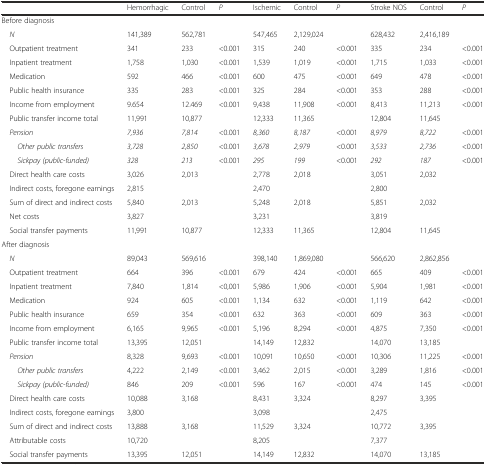
<table><thead><tr><td></td><td><b>Hemorrhagic</b></td><td><b>Control</b></td><td><b><i>P</i></b></td><td><b>Ischemic</b></td><td><b>Control</b></td><td><b><i>P</i></b></td><td><b>Stroke NOS</b></td><td><b>Control</b></td><td><b><i>P</i></b></td></tr></thead><tbody><tr><td>Before diagnosis</td><td></td><td></td><td></td><td></td><td></td><td></td><td></td><td></td><td></td></tr><tr><td><i> N</i></td><td>141,389</td><td>562,781</td><td></td><td>547,465</td><td>2,129,024</td><td></td><td>628,432</td><td>2,416,189</td><td></td></tr><tr><td> Outpatient treatment</td><td>341</td><td>233</td><td>&lt;0.001</td><td>315</td><td>240</td><td>&lt;0.001</td><td>335</td><td>234</td><td>&lt;0.001</td></tr><tr><td> Inpatient treatment</td><td>1,758</td><td>1,030</td><td>&lt;0.001</td><td>1,539</td><td>1,019</td><td>&lt;0.001</td><td>1,715</td><td>1,033</td><td>&lt;0.001</td></tr><tr><td> Medication</td><td>592</td><td>466</td><td>&lt;0.001</td><td>600</td><td>475</td><td>&lt;0.001</td><td>649</td><td>478</td><td>&lt;0.001</td></tr><tr><td> Public health insurance</td><td>335</td><td>283</td><td>&lt;0.001</td><td>325</td><td>284</td><td>&lt;0.001</td><td>353</td><td>288</td><td>&lt;0.001</td></tr><tr><td> Income from employment</td><td>9.654</td><td>12.469</td><td>&lt;0.001</td><td>9,438</td><td>11,908</td><td>&lt;0.001</td><td>8,413</td><td>11,213</td><td>&lt;0.001</td></tr><tr><td> Public transfer income total</td><td>11,991</td><td>10,877</td><td></td><td>12,333</td><td>11,365</td><td></td><td>12,804</td><td>11,645</td><td></td></tr><tr><td><i> Pension</i></td><td><i>7,936</i></td><td><i>7,814</i></td><td>&lt;0.001</td><td><i>8,360</i></td><td><i>8,187</i></td><td>&lt;0.001</td><td><i>8,979</i></td><td><i>8,722</i></td><td>&lt;0.001</td></tr><tr><td><i>Other public transfers</i></td><td><i>3,728</i></td><td><i>2,850</i></td><td>&lt;0.001</td><td><i>3,678</i></td><td><i>2,979</i></td><td>&lt;0.001</td><td><i>3,533</i></td><td><i>2,736</i></td><td>&lt;0.001</td></tr><tr><td><i>Sickpay (public-funded)</i></td><td><i>328</i></td><td><i>213</i></td><td>&lt;0.001</td><td><i>295</i></td><td><i>199</i></td><td>&lt;0.001</td><td><i>292</i></td><td><i>187</i></td><td>&lt;0.001</td></tr><tr><td> Direct health care costs</td><td>3,026</td><td>2,013</td><td></td><td>2,778</td><td>2,018</td><td></td><td>3,051</td><td>2,032</td><td></td></tr><tr><td> Indirect costs, foregone earnings</td><td>2,815</td><td></td><td></td><td>2,470</td><td></td><td></td><td>2,800</td><td></td><td></td></tr><tr><td> Sum of direct and indirect costs</td><td>5,840</td><td>2,013</td><td></td><td>5,248</td><td>2,018</td><td></td><td>5,851</td><td>2,032</td><td></td></tr><tr><td> Net costs</td><td>3,827</td><td></td><td></td><td>3,231</td><td></td><td></td><td>3,819</td><td></td><td></td></tr><tr><td> Social transfer payments</td><td>11,991</td><td>10,877</td><td></td><td>12,333</td><td>11,365</td><td></td><td>12,804</td><td>11,645</td><td></td></tr><tr><td>After diagnosis</td><td></td><td></td><td></td><td></td><td></td><td></td><td></td><td></td><td></td></tr><tr><td><i> N</i></td><td>89,043</td><td>569,616</td><td></td><td>398,140</td><td>1,869,080</td><td></td><td>566,620</td><td>2,862,856</td><td></td></tr><tr><td> Outpatient treatment</td><td>664</td><td>396</td><td>&lt;0.001</td><td>679</td><td>424</td><td>&lt;0.001</td><td>665</td><td>409</td><td>&lt;0.001</td></tr><tr><td> Inpatient treatment</td><td>7,840</td><td>1,814</td><td>&lt;0,001</td><td>5,986</td><td>1,906</td><td>&lt;0.001</td><td>5,904</td><td>1,981</td><td>&lt;0.001</td></tr><tr><td> Medication</td><td>924</td><td>605</td><td>&lt;0.001</td><td>1,134</td><td>632</td><td>&lt;0.001</td><td>1,119</td><td>642</td><td>&lt;0.001</td></tr><tr><td> Public health insurance</td><td>659</td><td>354</td><td>&lt;0.001</td><td>632</td><td>363</td><td>&lt;0.001</td><td>609</td><td>363</td><td>&lt;0.001</td></tr><tr><td> Income from employment</td><td>6,165</td><td>9,965</td><td>&lt;0.001</td><td>5,196</td><td>8,294</td><td>&lt;0.001</td><td>4,875</td><td>7,350</td><td>&lt;0.001</td></tr><tr><td> Public transfer income total</td><td>13,395</td><td>12,051</td><td></td><td>14,149</td><td>12,832</td><td></td><td>14,070</td><td>13,185</td><td></td></tr><tr><td><i> Pension</i></td><td>8,328</td><td>9,693</td><td>&lt;0.001</td><td>10,091</td><td>10,650</td><td>&lt;0.001</td><td>10,306</td><td>11,225</td><td>&lt;0.001</td></tr><tr><td><i>Other public transfers</i></td><td>4,222</td><td>2,149</td><td>&lt;0.001</td><td>3,462</td><td>2,015</td><td>&lt;0.001</td><td>3,289</td><td>1,816</td><td>&lt;0.001</td></tr><tr><td><i>Sickpay (public-funded)</i></td><td>846</td><td>209</td><td>&lt;0.001</td><td>596</td><td>167</td><td>&lt;0.001</td><td>474</td><td>145</td><td>&lt;0.001</td></tr><tr><td> Direct health care costs</td><td>10,088</td><td>3,168</td><td></td><td>8,431</td><td>3,324</td><td></td><td>8,297</td><td>3,395</td><td></td></tr><tr><td> Indirect costs, foregone earnings</td><td>3,800</td><td></td><td></td><td>3,098</td><td></td><td></td><td>2,475</td><td></td><td></td></tr><tr><td> Sum of direct and indirect costs</td><td>13,888</td><td>3,168</td><td></td><td>11,529</td><td>3,324</td><td></td><td>10,772</td><td>3,395</td><td></td></tr><tr><td> Attributable costs</td><td>10,720</td><td></td><td></td><td>8,205</td><td></td><td></td><td>7,377</td><td></td><td></td></tr><tr><td> Social transfer payments</td><td>13,395</td><td>12,051</td><td></td><td>14,149</td><td>12,832</td><td></td><td>14,070</td><td>13,185</td><td></td></tr></tbody></table>